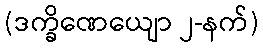
(ဒက္ခိဏေယျော ၂-နက်)